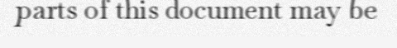
parts of this document may be